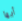
أيها